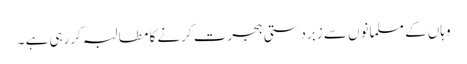
وہاں کے مسلمانوں سے زبردستی ہجرت کرنے کا مطالبہ کررہی ہے ۔